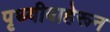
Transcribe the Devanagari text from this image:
पृथ्वीबाहेरून